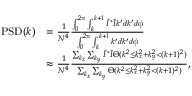
\begin{array} { r l } { \mathrm { P S D } ( k ) } & { = \frac { 1 } { N ^ { 4 } } \frac { \int _ { 0 } ^ { 2 \pi } \int _ { k } ^ { k + 1 } \tilde { I } ^ { * } \tilde { I } k ^ { \prime } d k ^ { \prime } d \phi } { \int _ { 0 } ^ { 2 \pi } \int _ { k } ^ { k + 1 } k ^ { \prime } d k ^ { \prime } d \phi } } \\ & { \approx \frac { 1 } { N ^ { 4 } } \frac { \sum _ { k _ { x } } \sum _ { k _ { y } } \tilde { I } ^ { * } \tilde { I } \Theta ( k ^ { 2 } \leq k _ { x } ^ { 2 } + k _ { y } ^ { 2 } < ( k + 1 ) ^ { 2 } ) } { \sum _ { k _ { x } } \sum _ { k _ { y } } \Theta ( k ^ { 2 } \leq k _ { x } ^ { 2 } + k _ { y } ^ { 2 } < ( k + 1 ) ^ { 2 } ) } , } \end{array}